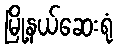
မြို့နယ်ဆေးရုံ